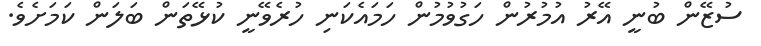
ސުޒޭން ބުނީ އޭރު އުމުރުން ހަގުވުމުން ހަމައެކަނި ހުރެވޭނީ ކުޅޭތަން ބަލަން ކަމަށެވެ.